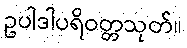
ဥပါဒါပရိဝတ္တသုတ်။